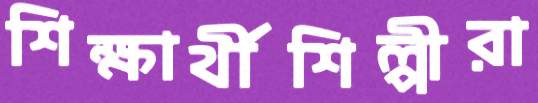
শিক্ষার্থীশিল্পীরা